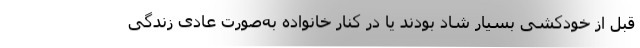
قبل از خودکشی بسیار شاد بودند یا در کنار خانواده به‌صورت عادی زندگی